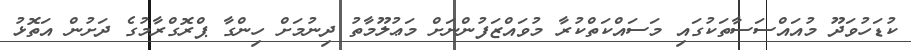
ކުޑަހުވަދޫ މުއައްސަސާތަކުގައި މަސައްކަތްކުރާ މުވައްޒަފުންނަށް މަޢުލޫމާތު ދިނުމަށް ހިންގާ ޕްރޮގްރާމުގެ ދަށުން އަތޮޅު